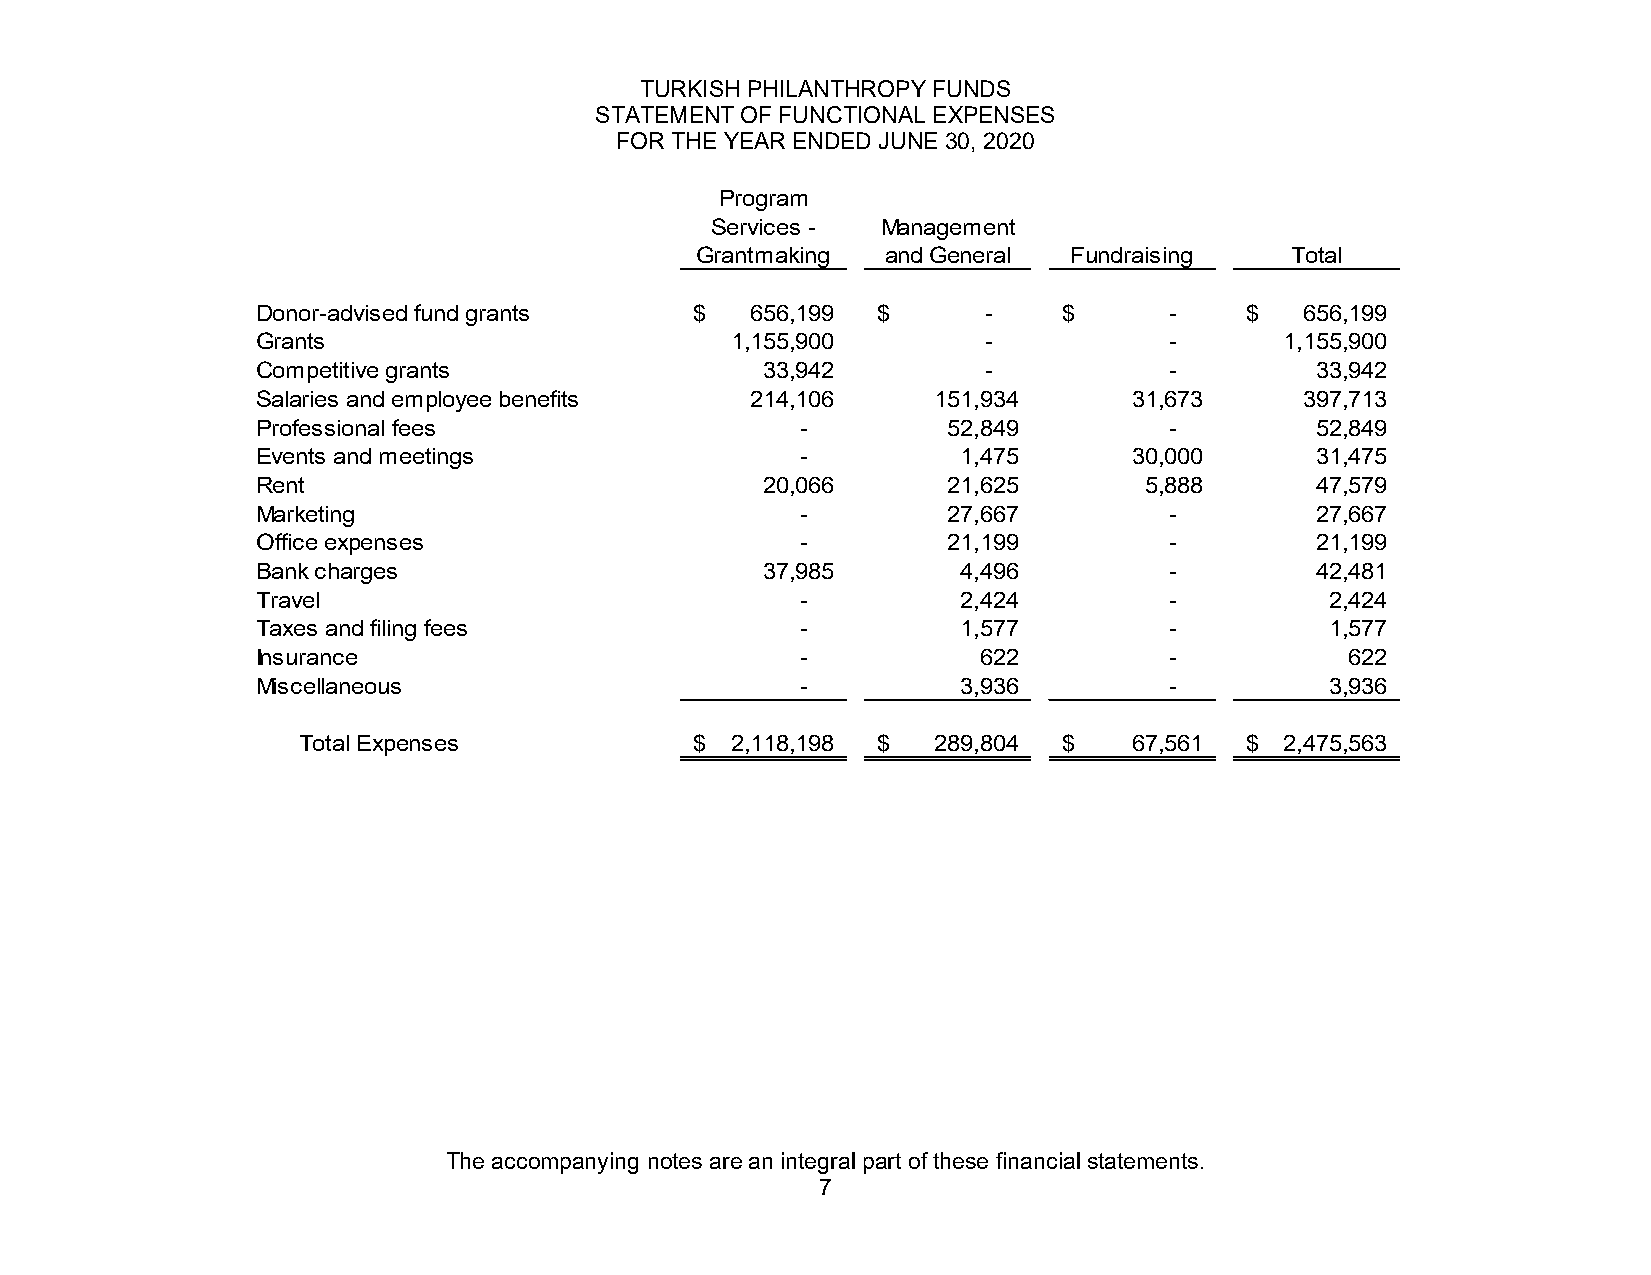
TURKISH PHILANTHROPY FUNDS
 STATEMENT OF FUNCTIONAL EXPENSES
 FOR THE YEAR ENDED JUNE 30, 2020
 Program
 Services - Management
 Grantmaking  and General Fundraising   Total
 Donor-advised fund grants    $   656,199 $      -    $      -    $   656,199
 Grants                         1,155,900        -           -       1 ,155,900
 Competitive grants                33,942        -           -         3 3,942
 Salaries and employee benefits   214,106     151,934      3 1,673    397,713
 Professional fees                   -         5 2,849       -         5 2,849
 Events and meetings                 -          1 ,475     3 0,000     3 1,475
 Rent                              20,066      2 1,625      5 ,888     4 7,579
 Marketing                           -         2 7,667       -         2 7,667
 Office expenses                     -         2 1,199       -         2 1,199
 Bank charges                      37,985       4 ,496       -         4 2,481
 Travel                              -          2 ,424       -          2 ,424
 Taxes and filing fees               -          1 ,577       -          1 ,577
 Insurance                           -           6 22        -           6 22
 Miscellaneous                       -          3 ,936       -          3 ,936
 Total Expenses            $ 2,118,198 $   289,804 $    6 7,561 $ 2 ,475,563
 The accompanying notes are an integral part of these financial statements.
 7